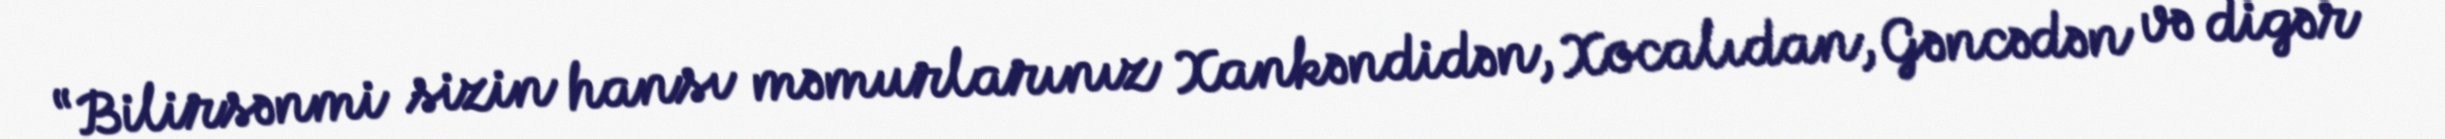
“Bilirsənmi sizin hansı məmurlarınız Xankəndidən, Xocalıdan, Gəncədən və digər